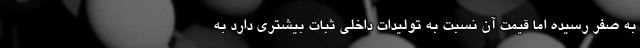
به صفر رسیده اما قیمت آن نسبت به تولیدات داخلی ثبات بیشتری دارد به